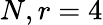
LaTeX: N,r=4